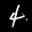
Label: 4